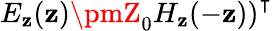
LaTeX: \left.E_{\mathbf{z}}(\mathbf{z})\pmZ_{0}H_{\mathbf{z}}(-\mathbf{z})\right)^{\intercal}